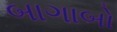
બાગાબો